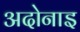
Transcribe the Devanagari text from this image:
अदोनाइ